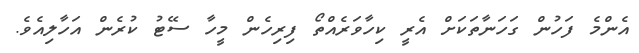
އެންމެ ފަހުން ގަހަނާތަކަށް އެރީ ކިހާވަރެއްތޯ ފިރިހެން މީހާ ސޭޓު ކުރެން އަހާލިއެވެ.